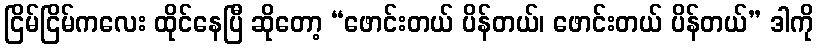
ငြိမ်ငြိမ်ကလေး ထိုင်နေပြီ ဆိုတော့ “ဖောင်းတယ် ပိန်တယ်၊ ဖောင်းတယ် ပိန်တယ်” ဒါကို